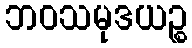
ဘဝသမုဒယဉ္စ